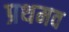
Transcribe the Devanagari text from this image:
प्रथमव